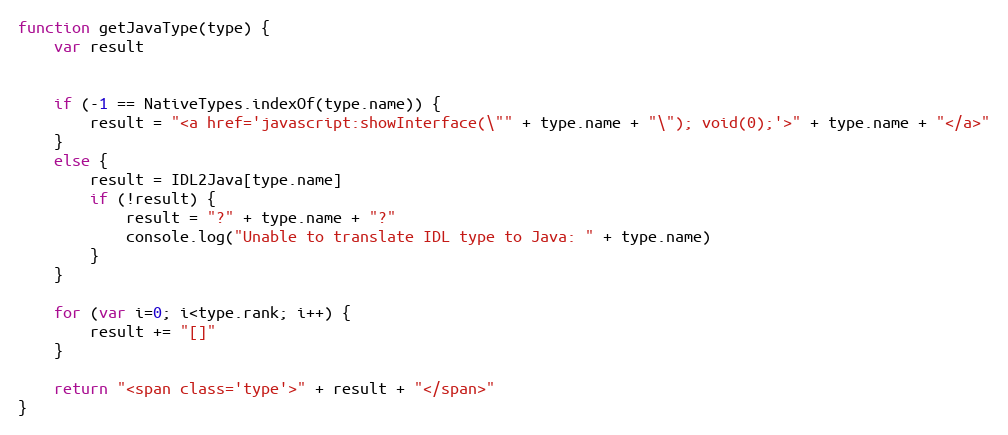
Language: JavaScript
function getJavaType(type) {
    var result

    if (-1 == NativeTypes.indexOf(type.name)) {
        result = "<a href='javascript:showInterface(\"" + type.name + "\"); void(0);'>" + type.name + "</a>"
    }
    else {
        result = IDL2Java[type.name]
        if (!result) {
            result = "?" + type.name + "?"
            console.log("Unable to translate IDL type to Java: " + type.name)
        }
    }

    for (var i=0; i<type.rank; i++) {
        result += "[]"
    }

    return "<span class='type'>" + result + "</span>"
}